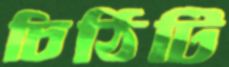
চিঠিটি